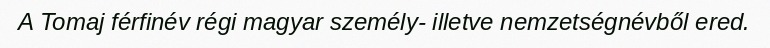
A Tomaj férfinév régi magyar személy- illetve nemzetségnévből ered.